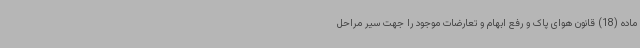
ماده (18) قانون هوای پاک و رفع ابهام و تعارضات موجود را جهت سیر مراحل